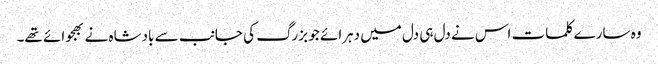
وہ سارے کلمات اس نے دل ہی دل میں دہرائے جو بزرگ کی جانب سے بادشاہ نے بھجوائے تھے۔